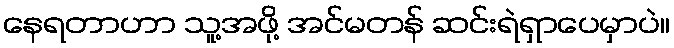
နေရတာဟာ သူ့အဖို့ အင်မတန် ဆင်းရဲရှာပေမှာပဲ။